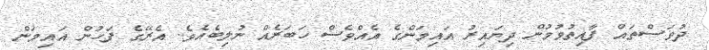
ދުވަސްތައް ފާއިތުވުމުން ދިޔައިރު އައިމަންގެ އެއްވެސް ހަބަރެއް ނުލިބެއެވެ. އެރޭގެ ފަހުން އައިމަން